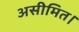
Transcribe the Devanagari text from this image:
असीमित।